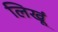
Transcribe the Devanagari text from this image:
लिखूं